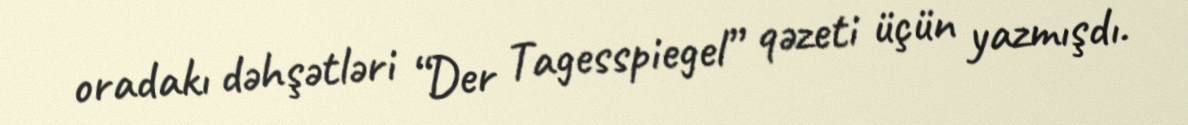
oradakı dəhşətləri “Der Tagesspiegel” qəzeti üçün yazmışdı.